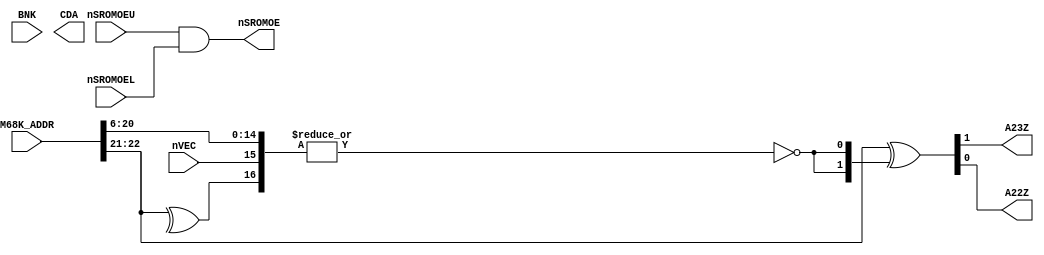
// This program was cloned from: https://github.com/neogeodev/NeoGeoFPGA-sim
// License: GNU General Public License v3.0

// NeoGeo logic definition (simulation only)
// Copyright (C) 2018 Sean Gonsalves
//
// This program is free software: you can redistribute it and/or modify
// it under the terms of the GNU General Public License as published by
// the Free Software Foundation, either version 3 of the License, or
// (at your option) any later version.
//
// This program is distributed in the hope that it will be useful,
// but WITHOUT ANY WARRANTY; without even the implied warranty of
// MERCHANTABILITY or FITNESS FOR A PARTICULAR PURPOSE.  See the
// GNU General Public License for more details.
//
// You should have received a copy of the GNU General Public License
// along with this program.  If not, see <https://www.gnu.org/licenses/>.

`timescale 1ns/1ns

// All pins listed ok.

module neo_e0(
	input [23:1] M68K_ADDR,
	input [2:0] BNK,
	input nSROMOEU, nSROMOEL,
	output nSROMOE,
	input nVEC,
	output A23Z, A22Z,
	output [23:0] CDA
);

	assign nSROMOE = nSROMOEU & nSROMOEL;

	// Vector table swap:
	// A2*Z = 1 if nVEC == 0 and A == 11000000000000000xxxxxxx
	assign {A23Z, A22Z} = M68K_ADDR[23:22] ^ {2{~|{M68K_ADDR[21:7], ^M68K_ADDR[23:22], nVEC}}};

	// Todo: Check this on real hw (MV4 ?)
	// Memcard area is $800000~$BFFFFF
	// 10000000 00000000 00000000
	// 10111111 11111111 11111111
	// xxx                     1
	//assign CDA = {BNK, M68K_ADDR[21:1]};
	
endmodule